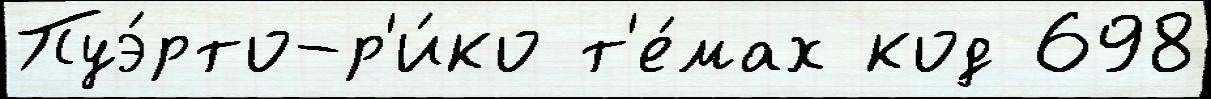
Пуэ́рто-р'и́ко т'е́мах код 698